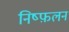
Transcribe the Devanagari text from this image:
निष्फ़लन